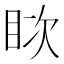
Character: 𪾪